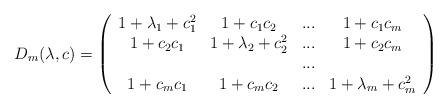
LaTeX: \begin{align*}D_m(\lambda,c)= \left(\begin{array}{cccc}1+\lambda_1+c_1^2&1+c_1c_2 &...&1+c_1c_m\\1 +c_2c_1 &1+\lambda_2+c_2^2&...&1+c_2c_m\\&&...&\\1 +c_mc_1 & 1+c_mc_2 &...&1+\lambda_m+c_m^2\end{array}\right)\end{align*}